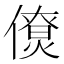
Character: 𠏗